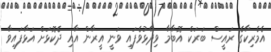
އެމެރިކާގެ ރައީސް ބަރަކް އޮބާމާ ވިދާޅުވެފައި ވަނީ އީރާން އާއި ދެކޮޅަށް އަޅާފައިވާ